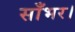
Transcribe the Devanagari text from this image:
साँभर।